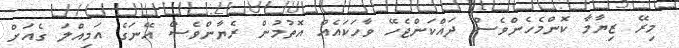
މިރޭ ޒިޔާމާ ކޮންމެހެންވެސް ދައްކަންޖެހޭ ވާހަކައެއް އޮތުމުން ރެޔާންވެސް އޭނަގެ އަމިއްލަ ގެއަށް